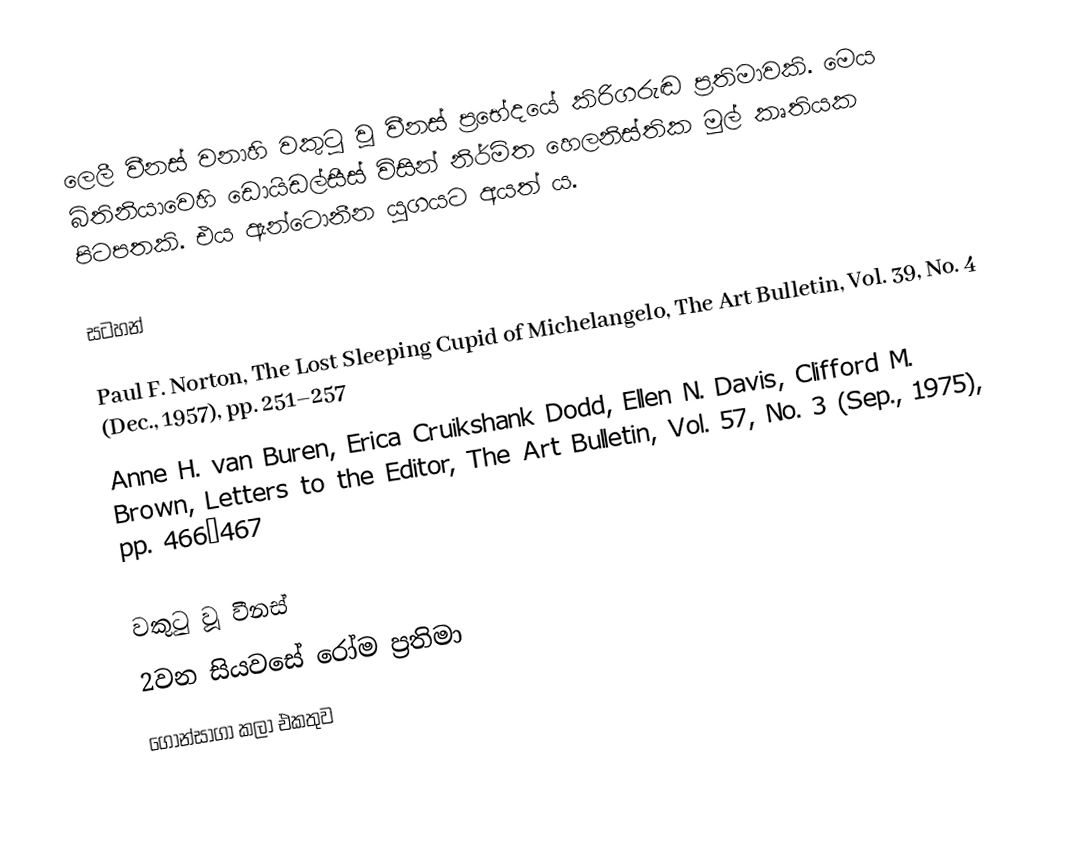
ලෙලී වීනස් වනාහි වකුටු වූ වීනස් ප්‍රභේදයේ කිරිගරුඬ ප්‍රතිමාවකි. මෙය බිතිනියාවෙහි ඩොයිඩල්සීස් විසින් නිර්මිත හෙලනිස්තික මුල් කෘතියක පිටපතකි. එය ඇන්ටොනීන යුගයට අයත් ය.

සටහන්

Paul F. Norton, The Lost Sleeping Cupid of Michelangelo, The Art Bulletin, Vol. 39, No. 4 (Dec., 1957), pp. 251–257
Anne H. van Buren, Erica Cruikshank Dodd, Ellen N. Davis, Clifford M. Brown, Letters to the Editor, The Art Bulletin, Vol. 57, No. 3 (Sep., 1975), pp. 466–467

වකුටු වූ වීනස්
2වන සියවසේ රෝම ප්‍රතිමා
ගොන්සාගා කලා එකතුව